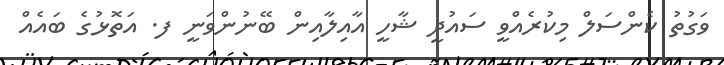
ވަގުތު ކެންސަލް މިކުރެއްވީ ސައުދީ ޝާހީ އާއިލާއިން ބޭނުންވަނީ ފ. އަތޮޅުގެ ބައެއް